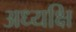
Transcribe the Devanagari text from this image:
अध्यक्षि